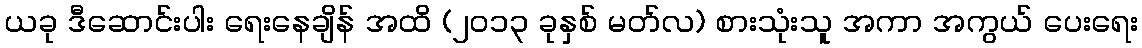
ယခု ဒီဆောင်းပါး ရေးနေချိန် အထိ (၂ဝ၁၃ ခုနှစ် မတ်လ) စားသုံးသူ အကာ အကွယ် ပေးရေး